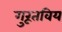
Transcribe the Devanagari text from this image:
गुरूतविय